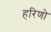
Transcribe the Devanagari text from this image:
हरिणो